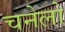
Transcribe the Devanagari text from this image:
चनेलो